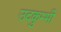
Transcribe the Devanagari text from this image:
उदकुम्भी